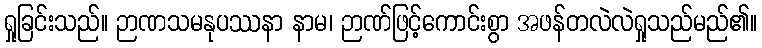
ရှုခြင်းသည်။ ဉာဏသမနုပဿနာ နာမ၊ ဉာဏ်ဖြင့်ကောင်းစွာ အဖန်တလဲလဲရှုသည်မည်၏။